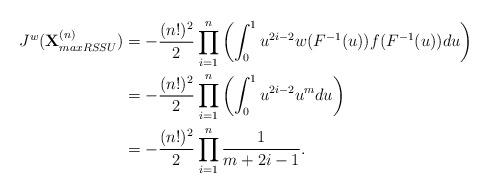
LaTeX: \begin{align*}J^{w}(\textbf{X}_{maxRSSU}^{(n)}) &=-\frac{(n!)^2}{2}\prod_{i=1}^{n}\left(\int_{0}^{1} u^{2i-2} w(F^{-1}(u)) f(F^{-1}(u))du\right) \\&=-\frac{(n!)^2}{2}\prod_{i=1}^{n}\left(\int_{0}^{1} u^{2i-2} u^m du\right) \\&=-\frac{(n!)^2 }{2}\prod_{i=1}^{n} \frac{1}{m+2i-1}.\end{align*}